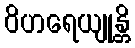
ဝိဟရေယျုန္တိ